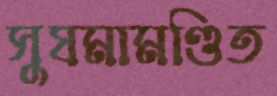
সুষমামণ্ডিত